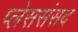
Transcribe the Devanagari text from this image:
प्लेससंसद